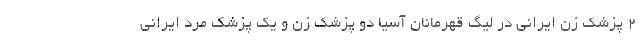
2 پزشک زن ایرانی در لیگ قهرمانان آسیا دو پزشک زن و یک پزشک مرد ایرانی